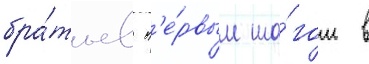
бра́тьев п'е́рвым ша́гом в